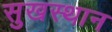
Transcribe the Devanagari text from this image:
सुखस्थान